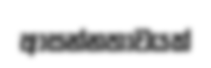
ආසන්නතාවයක්